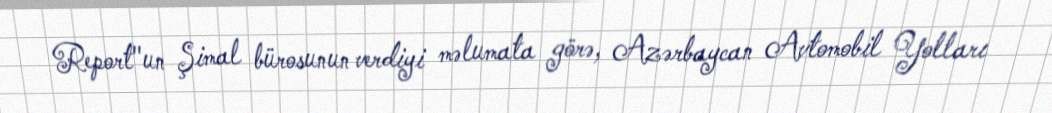
Report"un Şimal bürosunun verdiyi məlumata görə, Azərbaycan Avtomobil Yolları